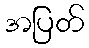
အပြတ်